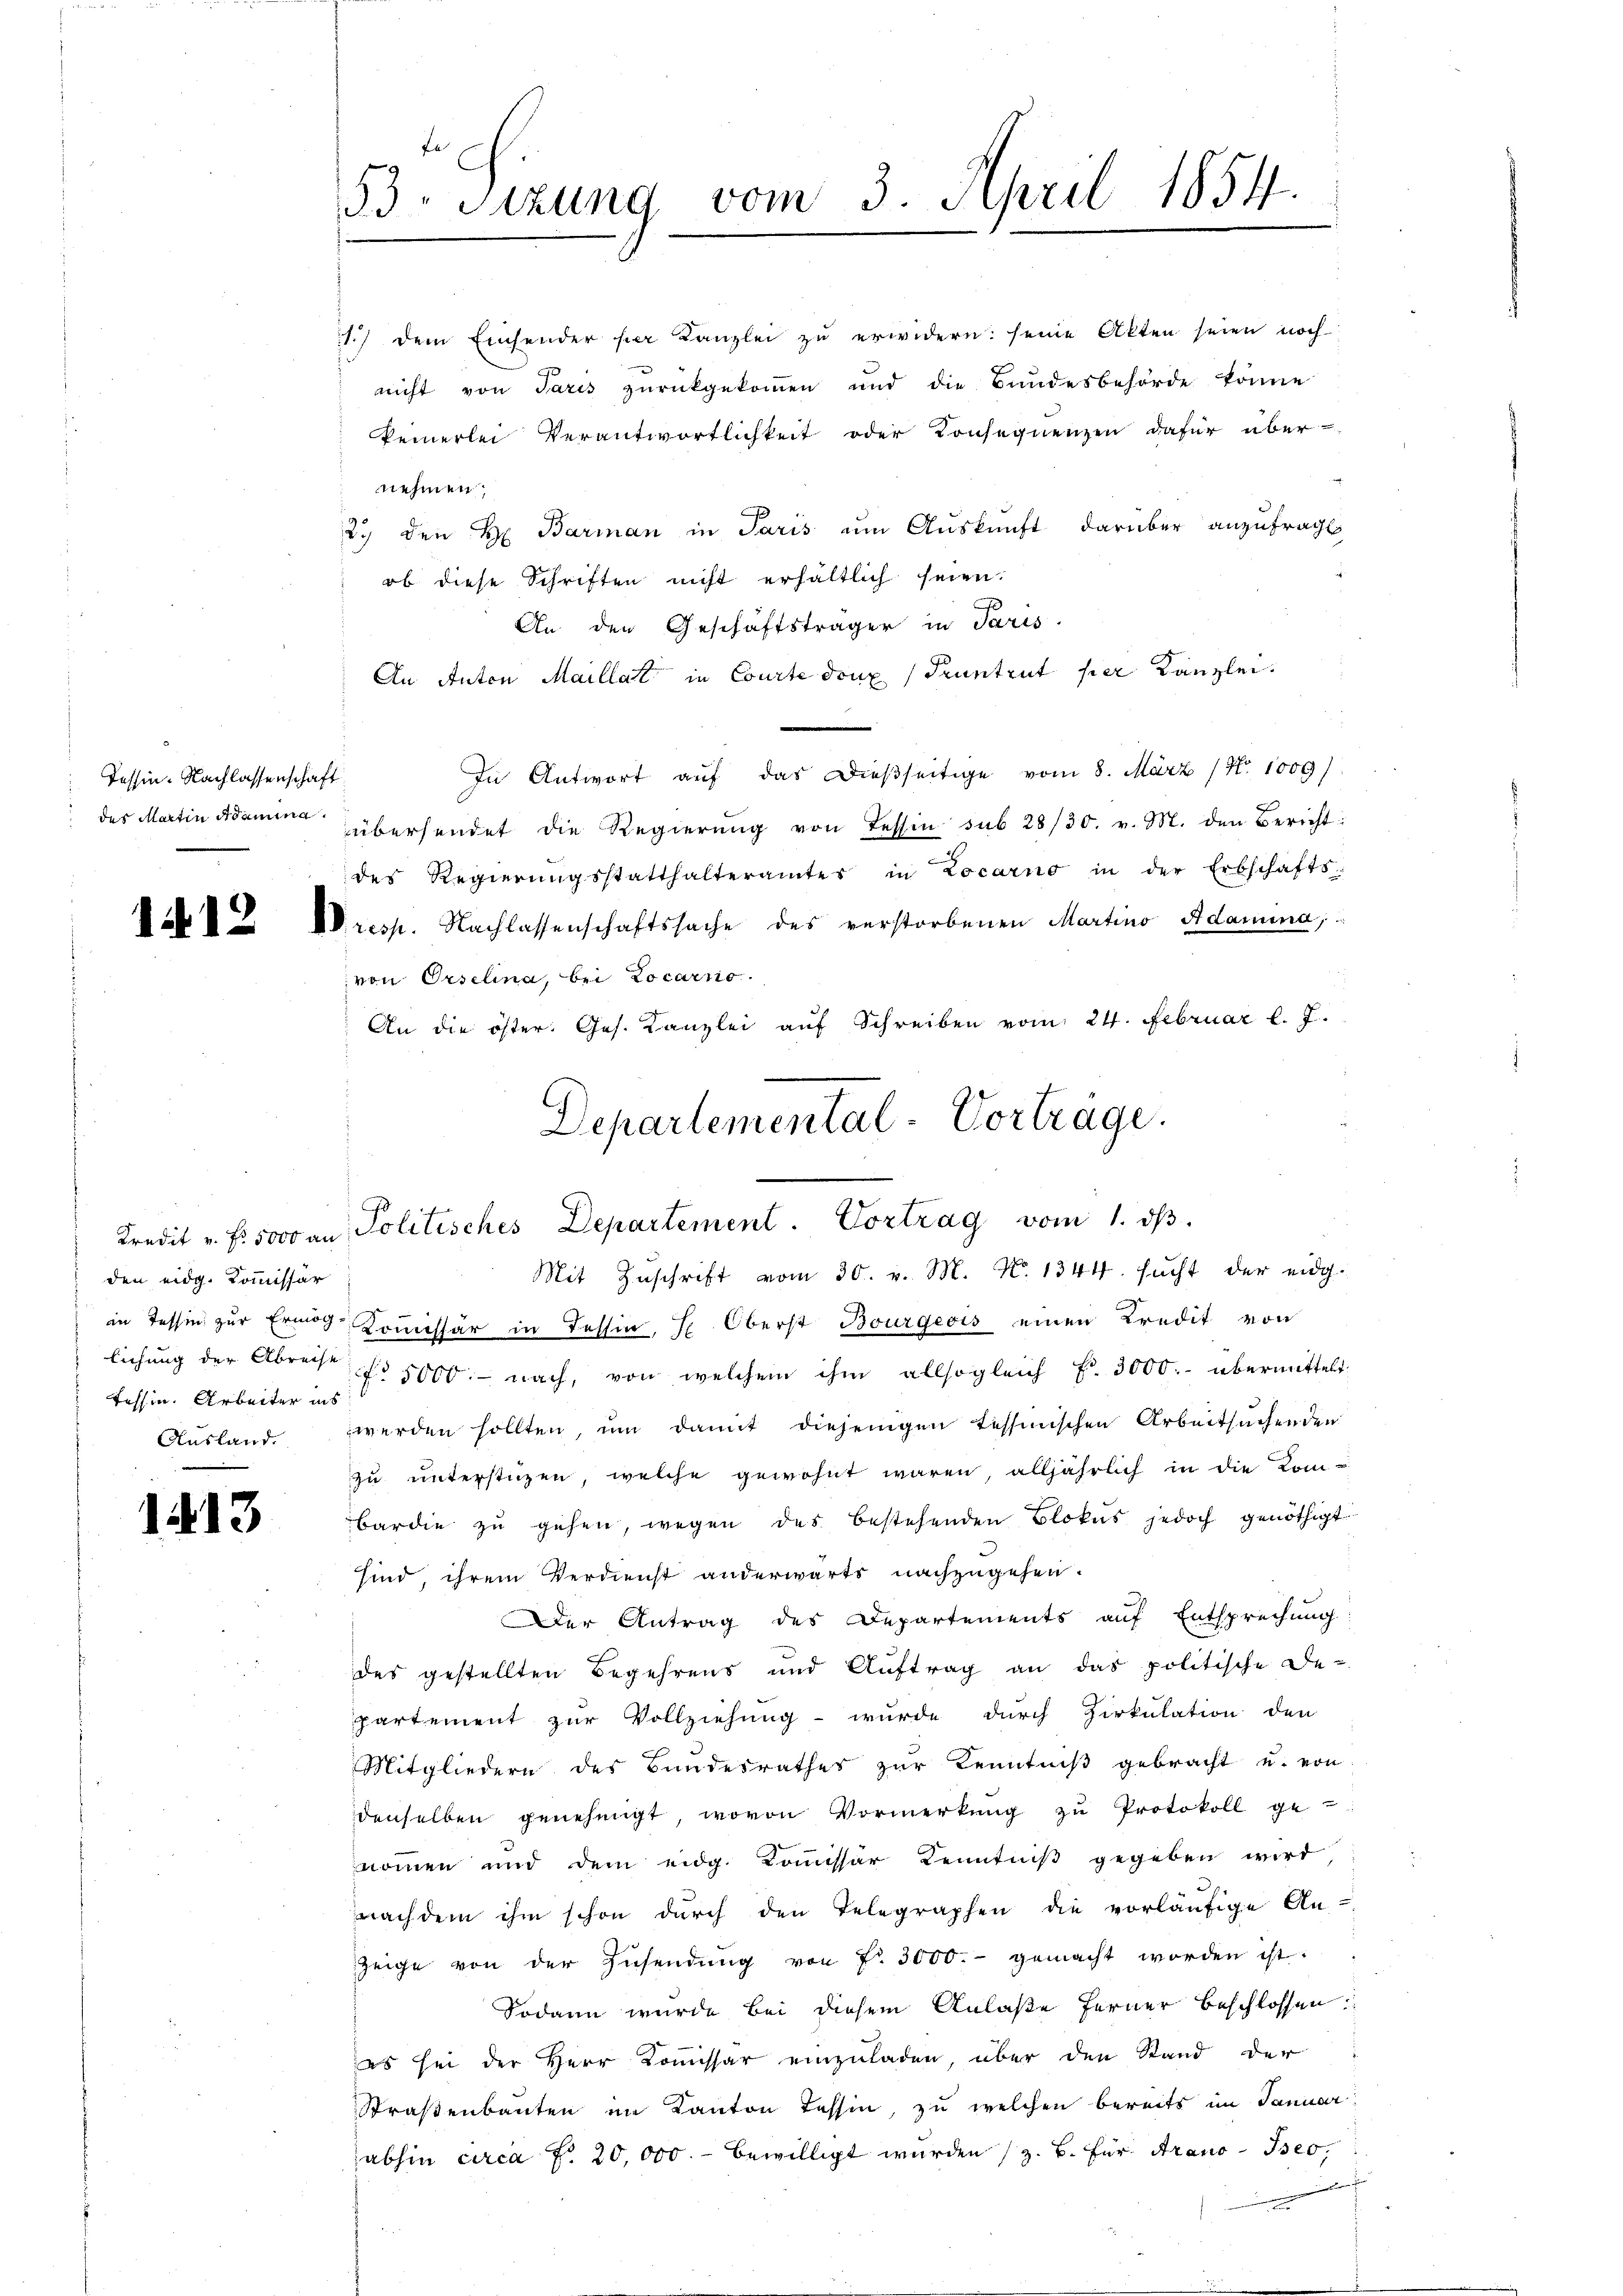
Tessin. Nachlassenschaft

1

12

den eidg. Kommissär
Tessin. Arbeiter ins
Ausland.

1413

33. Sitzung vom 3. April 1854.

1.) Dem Einsender per Kanzlei zu erwidern: seine Akten seien noch
nicht von Paris zurückgekommen und die Bundesbehörde könne
keinerlei Verantwortlichkeit oder Konsequenzen dafür über-
nehmen,
2. den H. Barman in Paris um Auskunft darüber anzufragt
ob diese Schriften nicht erhältlich seien.
An den Geschäftsträger in Paris.
An Anten Maillat in Courte douz Pruntrut per Kanzlei.
In Antwort auf das Dießseitige vom 8. März (N. 1009/
des Martin Adamina übersendet die Regierŭng von Tessin sub 28/30. v. M. den Bericht:
des Regierŭngsstatthalteramtes in Locarno in der Erbschafts-
resp. Nachlassenschaftssache des verstorbenen Martino, Adamina,
von Orselina, bei Locarno.
An die öster. Ges. Kanzlei aŭf Schreiben vom 24. Februar l. J.
Departemental-Vortrage.

Kredit v. Fr. 5000 an Politisches Departement. Vortrag vom 1. ds.

Mit Zuschrift vom 30. v. M. No 1344. sucht der eidg.
in Tessin zur Ermög-Kommissär in Tessin, Se. Oberst Bourgeois einen Kredit von
lichung der Abreise No 5000. nach, von welchem ihm allsogleich Fr. 3000.- übermittelt.
werden sollten, um damit diejenigen tessinischen Arbeitsuchenden
zŭ ŭnterstüzen, welche gewohnt waren, alljährlich in die Kombar die zu gehen, wegen des bestehenden Blokus jedoch genöthigt
sind, ihrem Verdienst anderwärts nachzugehen.
Der Antrag des Departements auf Entsprechung:
des gestellten Begehrens und Auftrag an das politische De-
partement zur Vollziehung - wurde durch Zirkulation den
Mitgliedern des Bundesrathes zur Kenntniß gebracht und von
denselben genehmigt, wovon Vormerkŭng zŭ Protokoll ge-
nommen und dem eidg. Kommissar Kenntniß gegeben wird,
nachdem ihm schon dŭrch den Telegraphen die vorläŭfige An-
Zeige von der Zusendung von Fr. 3000.- gemacht worden ist.
Sodann wurde bei diesem Anlaße ferner beschlossen:
es sei der Herr Kommissar einzuladen, über den Stand der
Straßenbauten im Kanton Tessin, zu welchen bereits im Januar
abhin circa Fr. 20,000.- bewilligt wurden (z. B. Für Arano seo,